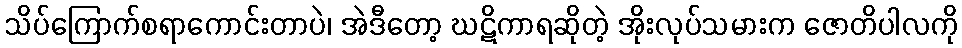
သိပ်ကြောက်စရာကောင်းတာပဲ၊ အဲဒီတော့ ဃဋိကာရဆိုတဲ့ အိုးလုပ်သမားက ဇောတိပါလကို